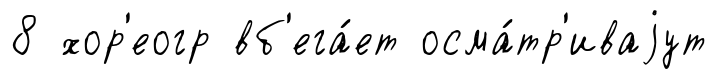
8 хор'еогр вб'ега́ет осма́тр'иваjут